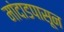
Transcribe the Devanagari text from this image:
मांदाडपासून